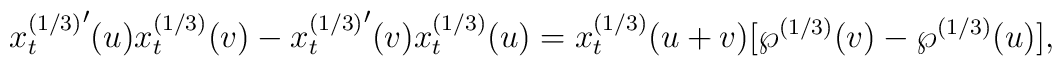
{x_t^{(1/3)}}^\prime(u)x_t^{(1/3)}(v)-   {x_t^{(1/3)}}^\prime(v)   x_t^{(1/3)}(u)=    x_t^{(1/3)}(u+v)[\wp^{(1/3)}(v)-\wp^{(1/3)}(u)],